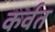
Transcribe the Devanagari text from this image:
कर्वत